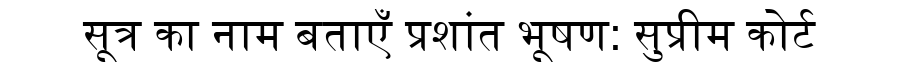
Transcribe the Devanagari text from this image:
सूत्र का नाम बताएँ प्रशांत भूषण: सुप्रीम कोर्ट